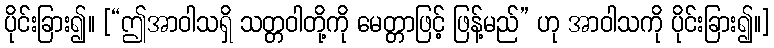
ပိုင်းခြား၍။ [“ဤအာဝါသရှိ သတ္တဝါတို့ကို မေတ္တာဖြင့် ဖြန့်မည်” ဟု အာဝါသကို ပိုင်းခြား၍။]